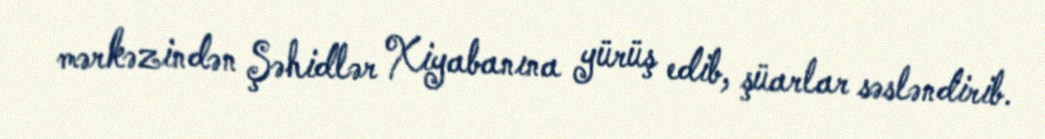
mərkəzindən Şəhidlər Xiyabanına yürüş edib, şüarlar səsləndirib.